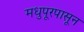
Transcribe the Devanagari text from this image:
मधुपूरपासून